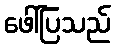
ဖေါ်ပြသည်